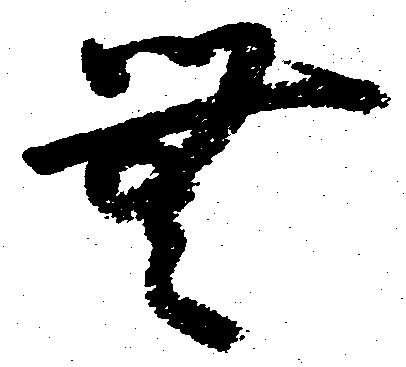
無